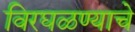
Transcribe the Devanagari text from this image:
विरघळण्याचे